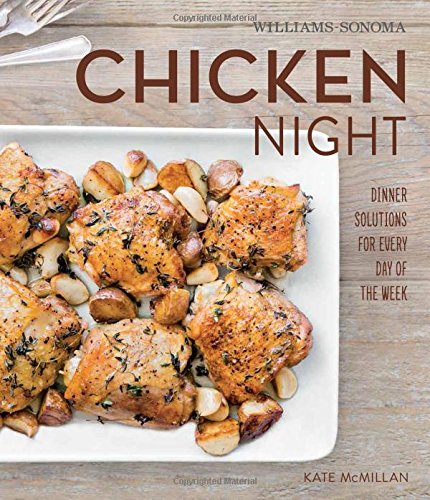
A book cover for Chicken Night (Williams-Sonoma); Kate McMillan; Cookbooks, Food & Wine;